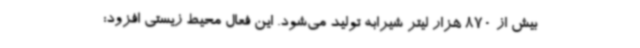
بیش از 870 هزار لیتر شیرابه تولید می‌شود. این فعال محیط زیستی افزود: